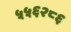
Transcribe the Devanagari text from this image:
५५६२८६